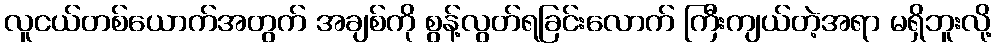
လူငယ်တစ်ယောက်အတွက် အချစ်ကို စွန့်လွတ်ရခြင်းလောက် ကြီးကျယ်တဲ့အရာ မရှိဘူးလို့